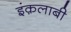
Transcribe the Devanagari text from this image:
इंक़लाबी